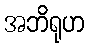
အဘိရုဟ